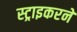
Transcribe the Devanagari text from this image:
स्ट्राइकरने